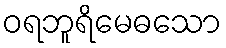
ဝရဘူရိမေဓသော